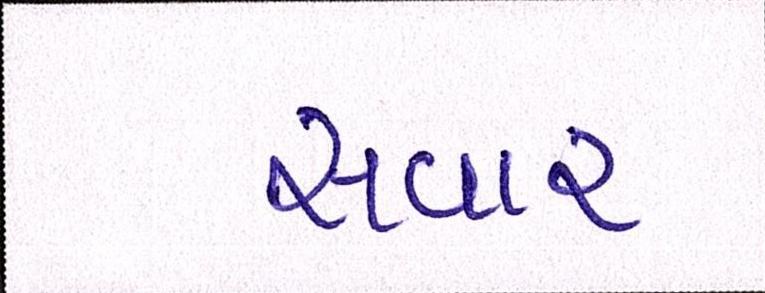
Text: સવાર